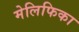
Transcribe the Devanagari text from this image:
मेलिफिका